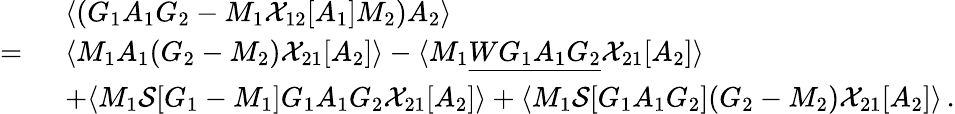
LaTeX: \begin{array}{rl}&{\langle(G_{1}A_{1}G_{2}-M_{1}\mathcal{X}_{12}[A_{1}]M_{2})A_{2}\rangle}\\ {=\ }&{\langle M_{1}A_{1}(G_{2}-M_{2}){\mathcal{X}}_{21}[A_{2}]\rangle-\langle M_{1}\underline{{WG_{1}A_{1}G_{2}}}{\mathcal{X}}_{21}[A_{2}]\rangle}\\ &{+\langle M_{1}\mathcal{S}[G_{1}-M_{1}]G_{1}A_{1}G_{2}{\mathcal{X}}_{21}[A_{2}]\rangle+\langle M_{1}\mathcal{S}[G_{1}A_{1}G_{2}](G_{2}-M_{2}){\mathcal{X}}_{21}[A_{2}]\rangle\, .}\end{array}